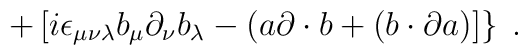
\left. +\, [ i \epsilon_{\mu\nu\lambda} b_\mu \partial_\nu b_\lambda - (a \partial \cdot b + (b \cdot \partial a)] \right\}\;.